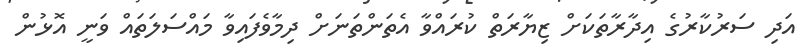
އަދި ސަރުކާރުގެ އިދާރާތަކަށް ޒިޔާރަތް ކުރައްވާ އެތަންތަނަށް ދިމާވެފައިވާ މައްސަލަތައް ވަނީ އޮޅުން